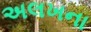
અલખના